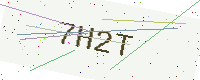
Text: 7H2T